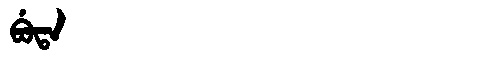
Manchu: ᠪᡠᡨᠠ
Romanization: BUTA